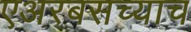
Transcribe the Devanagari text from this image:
एअरबसच्याच